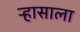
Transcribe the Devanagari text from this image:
ऱ्हासाला